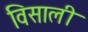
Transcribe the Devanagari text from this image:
विसाली